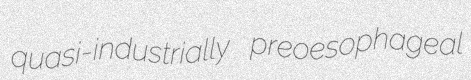
quasi-industrially preoesophageal